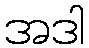
အဒါ